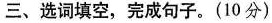
三、选词填空,完成句子.(10分)